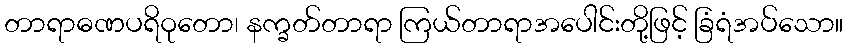
တာရာဓဏပရိဝုတော၊ နက္ခတ်တာရာ ကြယ်တာရာအပေါင်းတို့ဖြင့် ခြံရံအပ်သော။